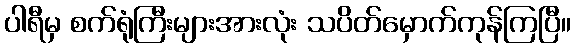
ပါရီမှ စက်ရုံကြီးများအားလုံး သပိတ်မှောက်ကုန်ကြပြီ။